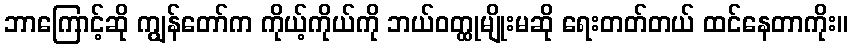
ဘာကြောင့်ဆို ကျွန်တော်က ကိုယ့်ကိုယ်ကို ဘယ်ဝတ္ထုမျိုးမဆို ရေးတတ်တယ် ထင်နေတာကိုး။